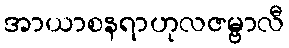
အာယာစနရာဟုလဇမ္ဗာလီ